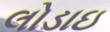
લોડાઇ